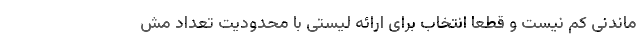
ماندنی کم نیست و قطعا انتخاب برای ارائه لیستی با محدودیت تعداد مش